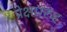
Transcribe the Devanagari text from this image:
प्रेक्षाग़्रुह